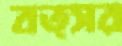
বত্সর